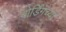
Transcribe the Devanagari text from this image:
बोर्डिंगच्या